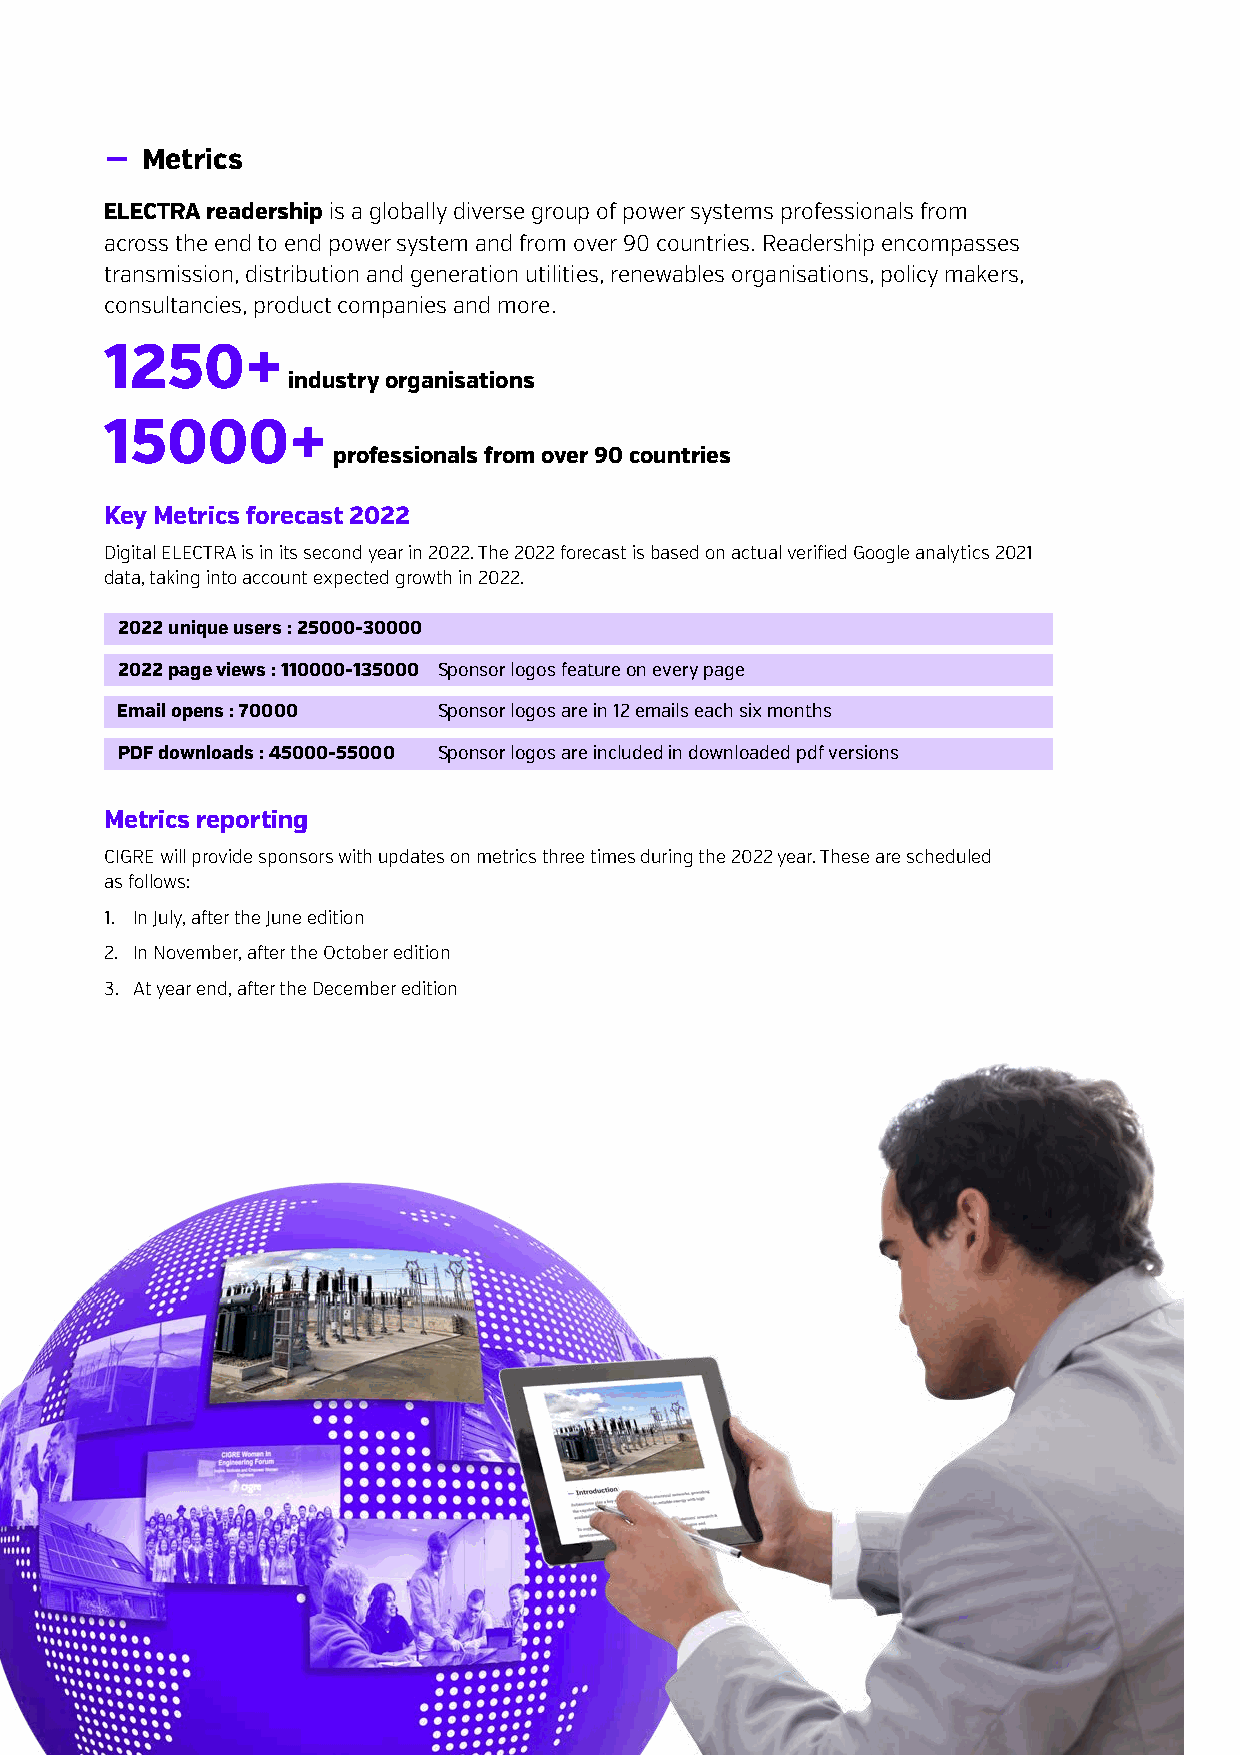
− Metrics
 ELECTRA readership is a globally diverse group of power systems professionals from
 across the end to end power system and from over 90 countries. Readership encompasses
 transmission, distribution and generation utilities, renewables organisations, policy makers,
 consultancies, product companies and more.
 1250+
 industry organisations
 15000+
 professionals from over 90 countries
 Key Metrics forecast 2022
 Digital ELECTRA is in its second year in 2022. The 2022 forecast is based on actual verified Google analytics 2021
 data, taking into account expected growth in 2022.
 2022 unique users : 25000-30000
 2022 page views : 110000-135000 Sponsor logos feature on every page
 Email opens : 70000  Sponsor logos are in 12 emails each six months
 PDF downloads : 45000-55000 Sponsor logos are included in downloaded pdf versions
 Metrics reporting
 CIGRE will provide sponsors with updates on metrics three times during the 2022 year. These are scheduled
 as follows:
 1. In July, after the June edition
 2. In November, after the October edition
 3. At year end, after the December edition